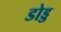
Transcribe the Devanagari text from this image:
डोड्ड